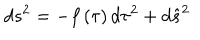
LaTeX: d s ^ { 2 } = - f \left( \tau \right) d \tau ^ { 2 } + d \hat { s } ^ { 2 }